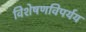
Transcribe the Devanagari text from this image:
विशेषणविपर्यय